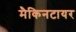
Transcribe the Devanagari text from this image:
मैकिनटायर